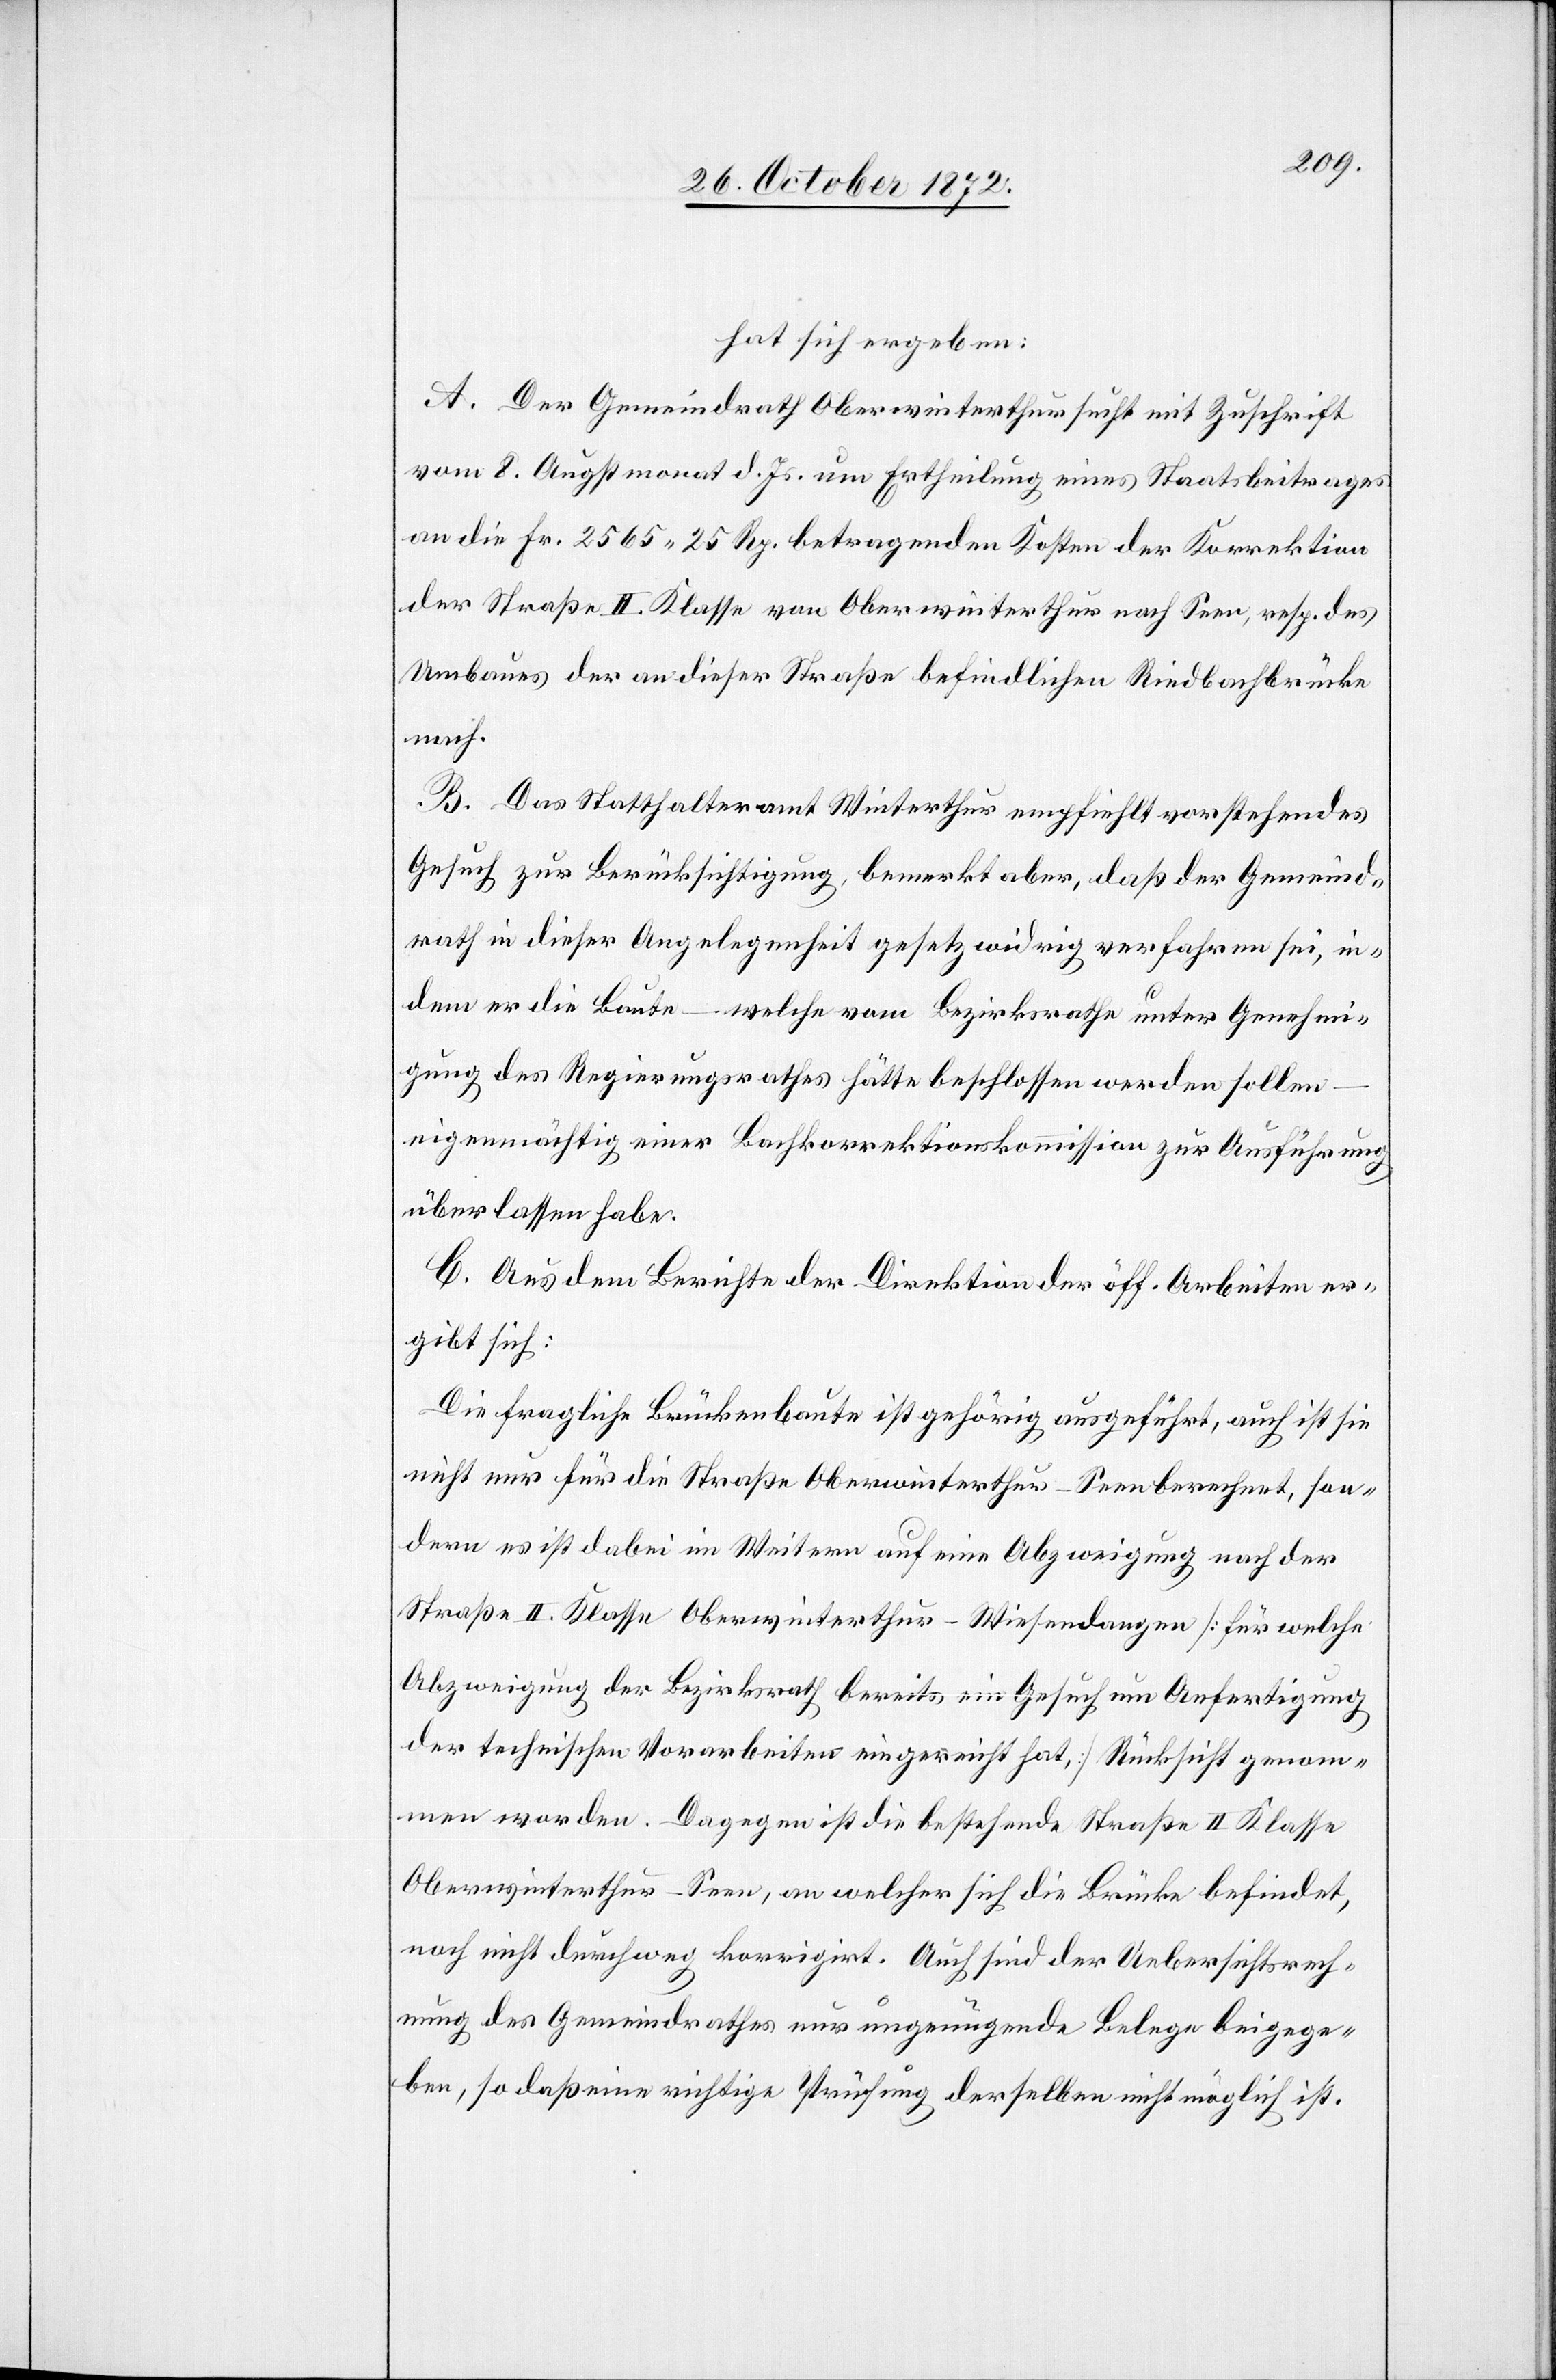
hat sich ergeben:
A. Der Gemeindrath Oberwinterthur sucht mit Zuschrift
vom 8. Augstmonat d. Js. um Ertheilung eines Staatsbeitrages
an die Fr. 2565 25 Rp. betragenden Kosten der Korrektion
der Straße II. Klasse von Oberwinterthur nach Seen, resp. des
Umbaues der an dieser Straße befindlichen Riedbachbrücke
nach.
B. Das Statthalteramt Winterthur empfiehlt vorstehendes
Gesuch zur Berücksichtigung, bemerkt aber, daß der Gemeind¬
rath in dieser Angelegenheit gesetzwidrig verfahren sei, in¬
dem er die Baute – welche vom Bezirksrathe unter Genehmi¬
gung des Regierungsrathes hätte beschlossen werden sollen
eigenmächtig einer Bachkorrektionskommission zur Ausführung
überlassen habe.
C. Aus dem Berichte der Direktion der öff. Arbeiten er¬
gibt sich:
Die fragliche Brückenbaute ist gehörig ausgeführt, auch ist sie
nicht nur für die Straße Oberwinterthur–Seen berechnet, son¬
dern es ist dabei im Weitern auf eine Abzweigung nach der
Straße II. Klasse Oberwinterthur–Wiesendangen [für welche
Abzweigung der Bezirksrath bereits ein Gesuch um Anfertigung
der technischen Vorarbeiten eingereicht hat,] Rücksicht genom¬
men worden. Dagegen ist die bestehende Straße II. Klasse
Oberwinterthur–Seen, an welcher sich die Brücke befindet,
noch nicht durchweg korrigirt. Auch sind der Uebersichtsrech¬
nung des Gemeindrathes nur ungenügende Belge beigege¬
ben, so daß eine richtige Prüfung derselben nicht möglich ist.